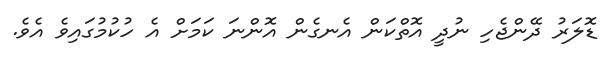
ޑޮލަރު ދޭންޖެހި ނުދީ އޮތްކަން އެނގެން އޮންނަ ކަމަށް އެ ހުކުމުގައިވެ އެވެ.